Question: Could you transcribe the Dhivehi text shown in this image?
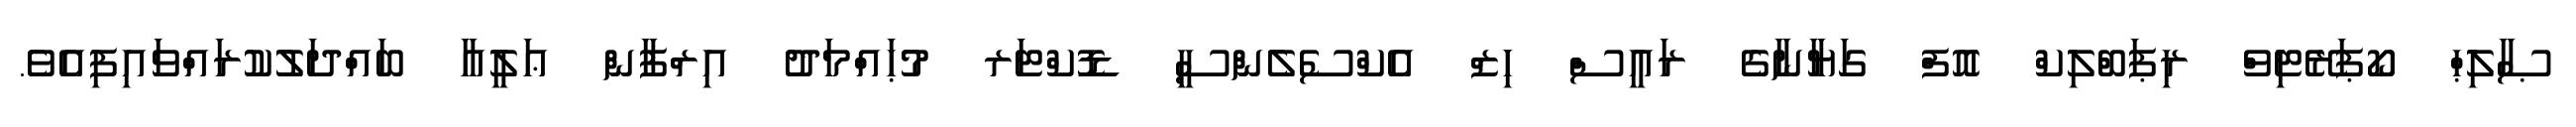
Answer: ޞާލިޙް ކޯޕަރޭޓިވް ރިޕަބްލިކް އޮފް ގަޔާނާގެ ރައީސް ހިޒް އެކްސެލެންސީ ޑޮކްޓަރ މުޙައްމަދު އިރްފާން ޢަލީއާ ބައްދަލުކުރައްވައިފިއެވެ.